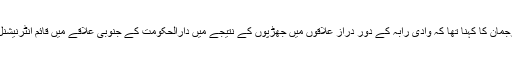
جی این اے فورسز کے ترجمان کا کہنا تھا کہ وادی رابہ کے دور دراز علاقوں میں جھڑپوں کے نتیجے میں دارالحکومت کے جنوبی علاقے میں قائم انٹرنیشنل ائر پورٹ تباہ ہو گیا ہے۔